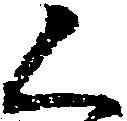
く